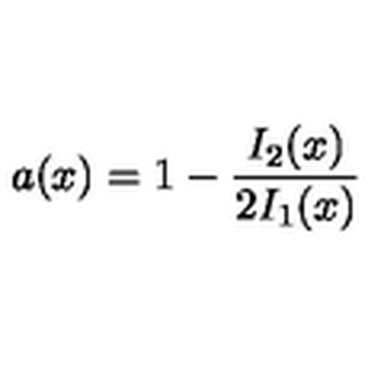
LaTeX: a ( x ) = 1 - \frac { I _ { 2 } ( x ) } { 2 I _ { 1 } ( x ) }